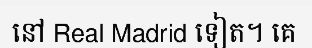
នៅ Real Madrid ទៀត។ គេ